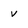
Character: v